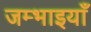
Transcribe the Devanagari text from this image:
जम्भाइयाँ